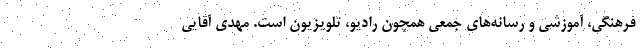
فرهنگی، آموزشی و رسانه‌های جمعی همچون رادیو، تلویزیون است. مهدی آقایی